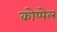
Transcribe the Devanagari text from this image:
कोप्पेल